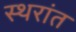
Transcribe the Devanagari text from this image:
स्थरांत